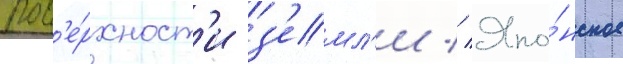
пов'е́рхност'и з'емл'и // Япо́нское